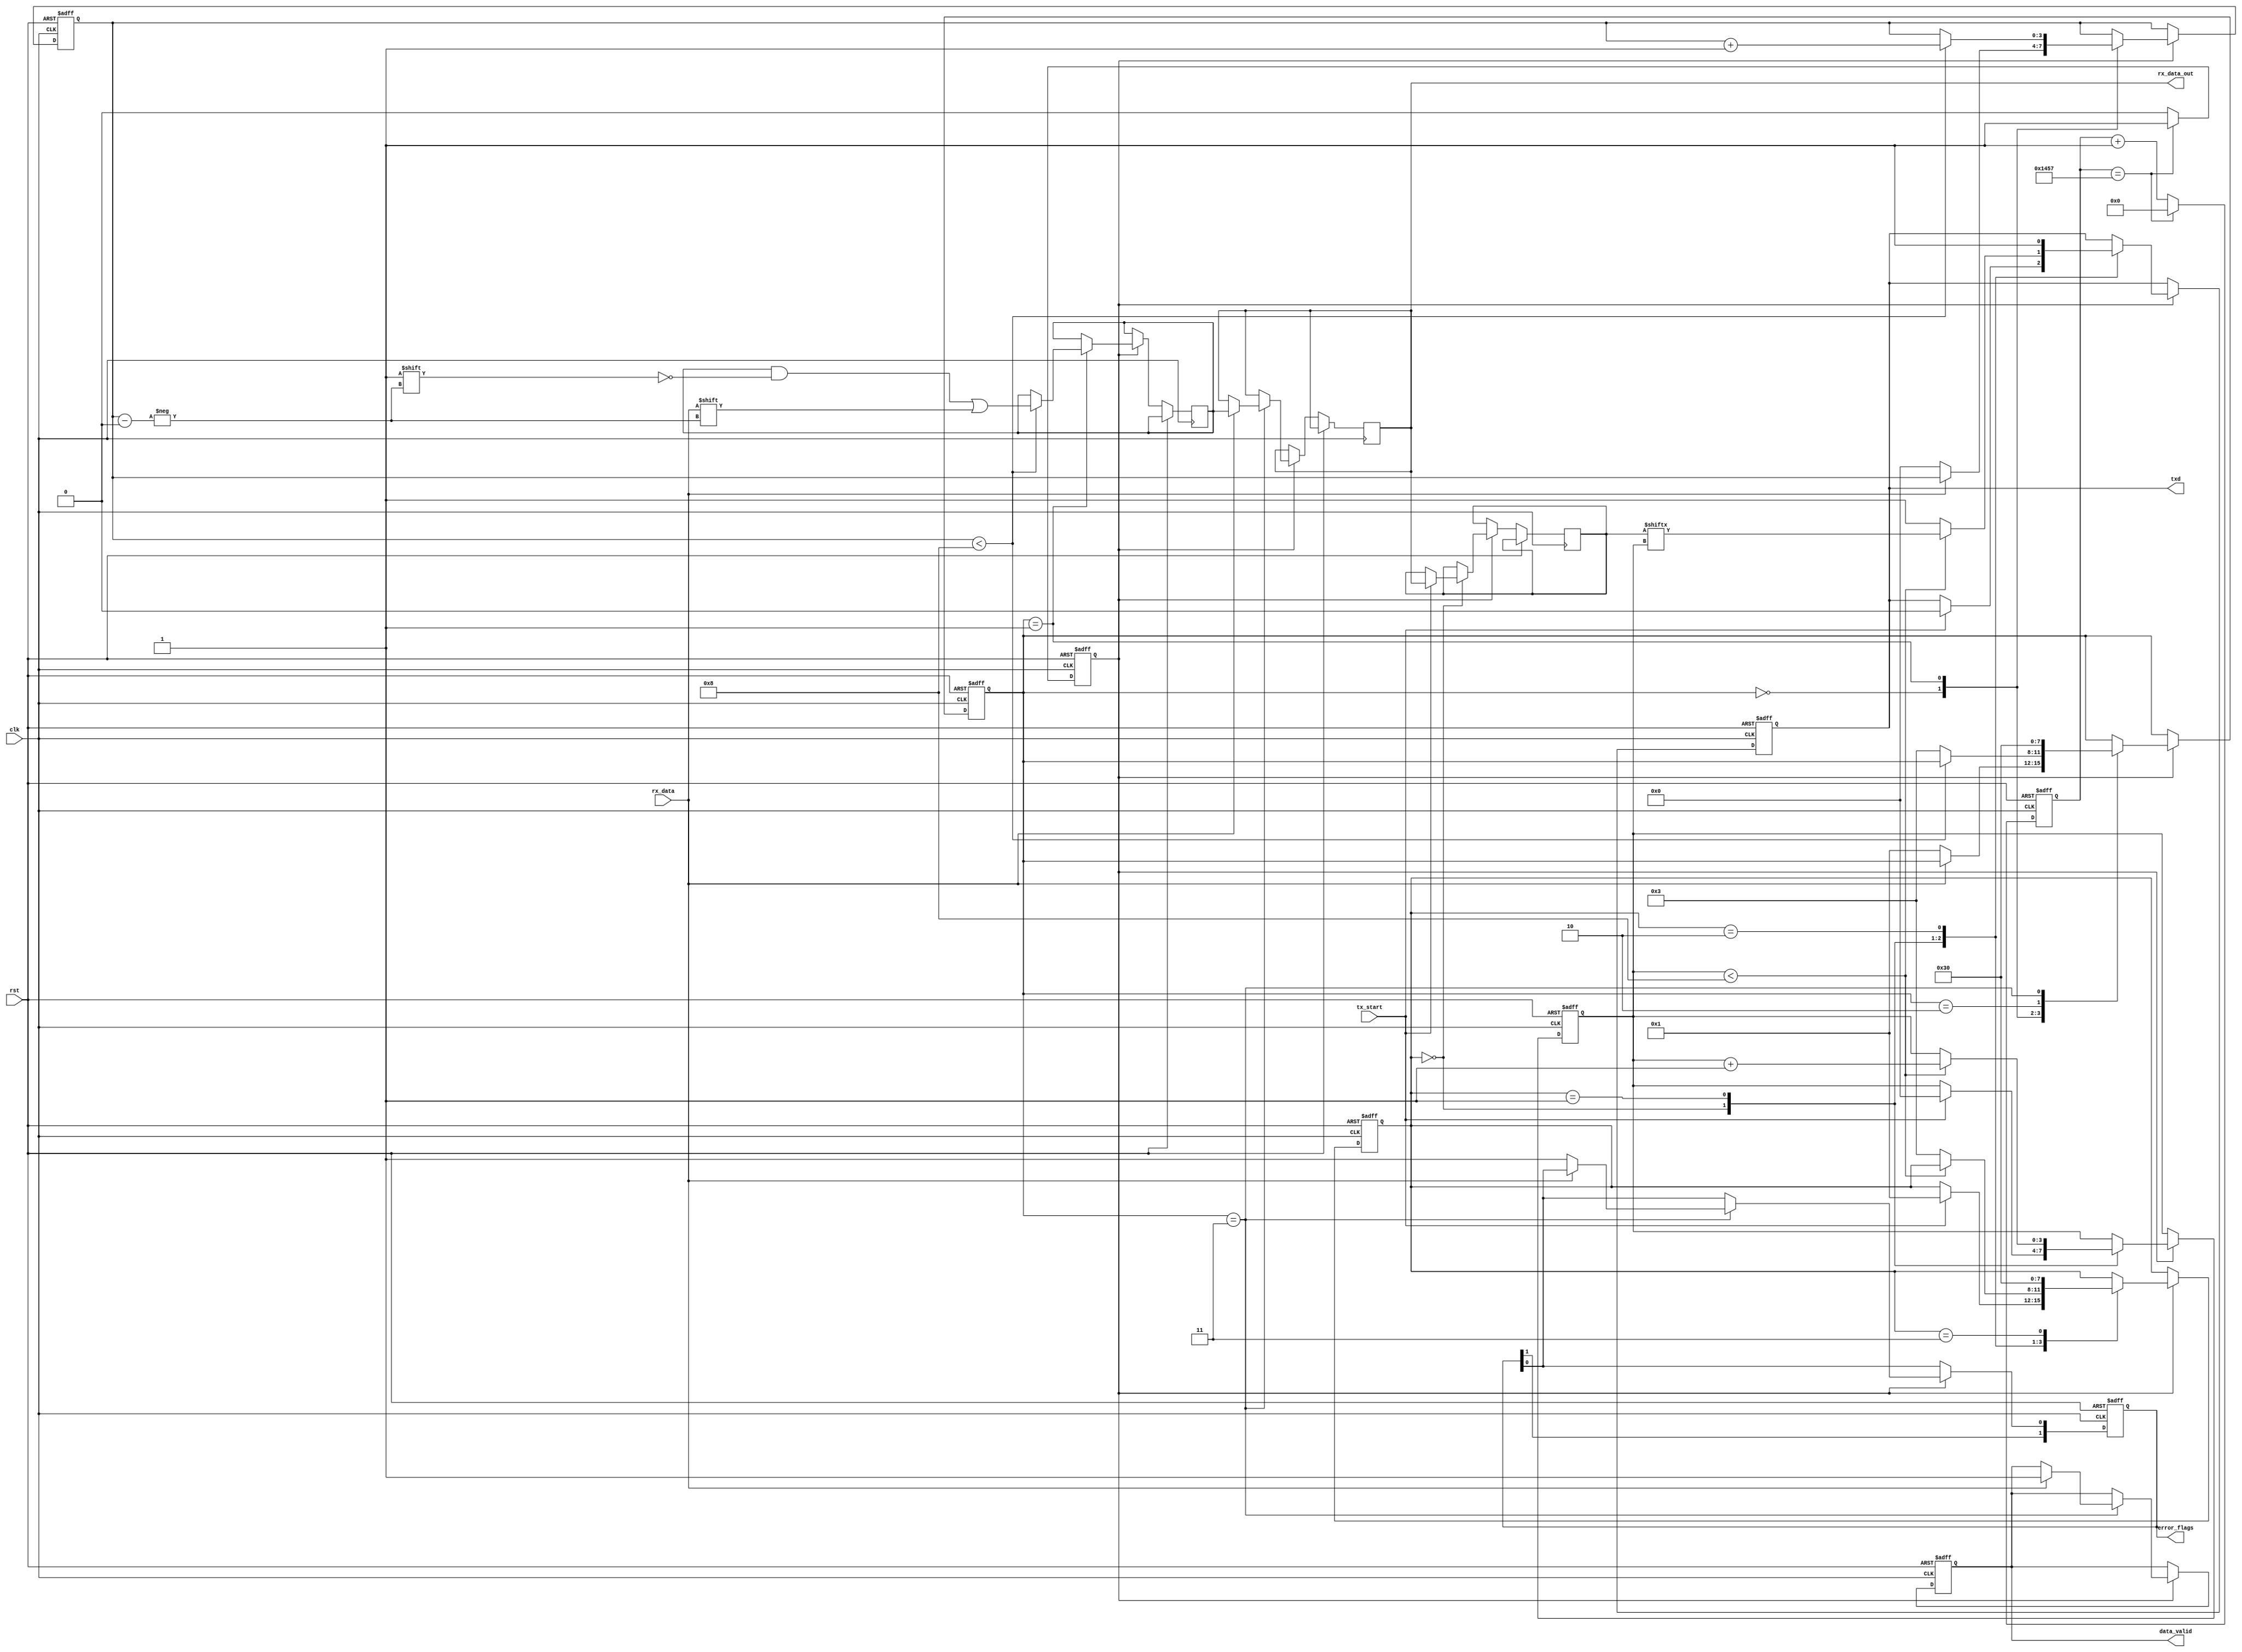
module parameterized_uart #(
    parameter BAUD_RATE = 9600,
    parameter DATA_WIDTH = 8,
    parameter STOP_BITS = 1,
    parameter PARITY = "NONE", // Options: "NONE", "EVEN", "ODD"
    parameter CLOCK_FREQ = 50000000 // System clock frequency in Hz
)(
    input wire clk,
    input wire rst,
    input wire tx_start,
    input wire rx_data,
    output reg txd,
    output reg [DATA_WIDTH-1:0] rx_data_out,
    output reg data_valid,
    output reg [1:0] error_flags // [0]: framing error, [1]: parity error
);

    // Baud rate generator parameters
    localparam BAUD_DIV = CLOCK_FREQ / BAUD_RATE;
    reg [15:0] baud_counter;
    reg baud_tick;

    // TX state machine
    reg [3:0] tx_state;
    reg [DATA_WIDTH-1:0] tx_data;
    reg [3:0] tx_bit_count;

    // RX state machine
    reg [3:0] rx_state;
    reg [3:0] rx_bit_count;
    reg [DATA_WIDTH-1:0] rx_data_temp;
    reg rx_start_bit_detected;
    reg rx_parity_bit;

    // Parity calculation
    function [0:0] calculate_parity(input [DATA_WIDTH-1:0] data);
        integer i;
        begin
            calculate_parity = 0;
            for (i = 0; i < DATA_WIDTH; i = i + 1) begin
                calculate_parity = calculate_parity ^ data[i];
            end
        end
    endfunction

    // Baud rate generator
    always @(posedge clk or posedge rst) begin
        if (rst) begin
            baud_counter <= 0;
            baud_tick <= 0;
        end else begin
            if (baud_counter == BAUD_DIV - 1) begin
                baud_counter <= 0;
                baud_tick <= 1;
            end else begin
                baud_counter <= baud_counter + 1;
                baud_tick <= 0;
            end
        end
    end

    // Transmitter state machine
    always @(posedge clk or posedge rst) begin
        if (rst) begin
            txd <= 1; // Idle state is high
            tx_state <= 0;
            tx_bit_count <= 0;
        end else if (baud_tick) begin
            case (tx_state)
                0: begin // Idle
                    if (tx_start) begin
                        tx_data <= rx_data_out; // Assume data to send is available
                        txd <= 0; // Start bit
                        tx_bit_count <= 0;
                        tx_state <= 1;
                    end
                end
                1: begin // Transmit data bits
                    if (tx_bit_count < DATA_WIDTH) begin
                        txd <= tx_data[tx_bit_count];
                        tx_bit_count <= tx_bit_count + 1;
                    end else begin
                        if (PARITY != "NONE") begin
                            txd <= calculate_parity(tx_data); // Parity bit
                            tx_state <= 2;
                        end else begin
                            txd <= 1; // Stop bit
                            tx_state <= 3;
                        end
                    end
                end
                2: begin // Transmit stop bit
                    txd <= 1; // Stop bit
                    tx_state <= 3;
                end
                3: begin // Back to idle
                    tx_state <= 0;
                end
            endcase
        end
    end

    // Receiver state machine
    always @(posedge clk or posedge rst) begin
        if (rst) begin
            rx_state <= 0;
            rx_bit_count <= 0;
            data_valid <= 0;
            error_flags <= 2'b00;
            rx_start_bit_detected <= 0;
        end else if (baud_tick) begin
            case (rx_state)
                0: begin // Idle
                    if (rx_data == 0) begin // Start bit detected
                        rx_start_bit_detected <= 1;
                        rx_state <= 1;
                        rx_bit_count <= 0;
                    end
                end
                1: begin // Receive data bits
                    if (rx_bit_count < DATA_WIDTH) begin
                        rx_data_temp[rx_bit_count] <= rx_data;
                        rx_bit_count <= rx_bit_count + 1;
                    end else begin
                        if (PARITY != "NONE") begin
                            rx_parity_bit <= rx_data; // Read parity bit
                            rx_state <= 2;
                        end else begin
                            rx_state <= 3; // No parity, go to stop bit
                        end
                    end
                end
                2: begin // Check parity
                    if (PARITY == "EVEN" && rx_parity_bit != calculate_parity(rx_data_temp)) begin
                        error_flags[1] <= 1; // Parity error
                    end else if (PARITY == "ODD" && rx_parity_bit == calculate_parity(rx_data_temp)) begin
                        error_flags[1] <= 1; // Parity error
                    end
                    rx_state <= 3; // Go to stop bit
                end
                3: begin // Check stop bits
                    if (rx_data != 1) begin
                        error_flags[0] <= 1; // Framing error
                    end else begin
                        data_valid <= 1; // Data is valid
                        rx_data_out <= rx_data_temp; // Output received data
                    end
                    rx_state <= 0; // Back to idle
                end
            endcase
        end
    end

endmodule